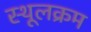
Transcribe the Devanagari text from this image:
स्थूलक्रम